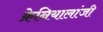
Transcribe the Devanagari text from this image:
क्रेनियालांजी